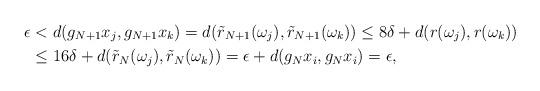
LaTeX: \begin{align*}\epsilon & <d(g_{N+1}x_j,g_{N+1}x_k)=d(\tilde{r}_{N+1}(\omega_j),\tilde{r}_{N+1}(\omega_k))\leq 8\delta+d(r(\omega_j),r(\omega_k))\\& \leq 16\delta+d(\tilde{r}_N(\omega_j),\tilde{r}_N(\omega_k))=\epsilon+d(g_Nx_i,g_Nx_i)=\epsilon,\end{align*}